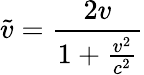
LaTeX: \tilde{v}=\frac{2v}{1+\frac{v^{2}}{c^{2}}}